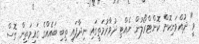
ވީ" ދުއްވަނިކޮށް ކޮންޓްރޯލުން ނެއްޓި ދުވާރުމަތީގައި ނިދާފައި ތިބި ބައެއްގެ ގައިމަތިން ގޮސް